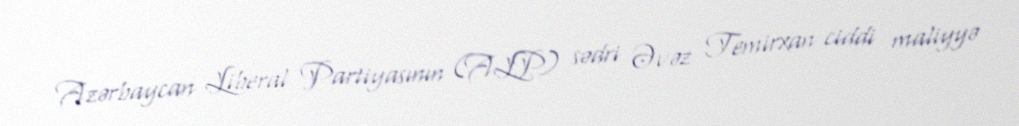
Azərbaycan Liberal Partiyasının (ALP) sədri Əvəz Temirxan ciddi maliyyə